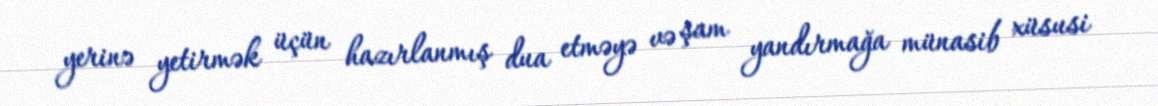
yerinə yetirmək üçün hazırlanmış dua etməyə və şam yandırmağa münasib xüsusi